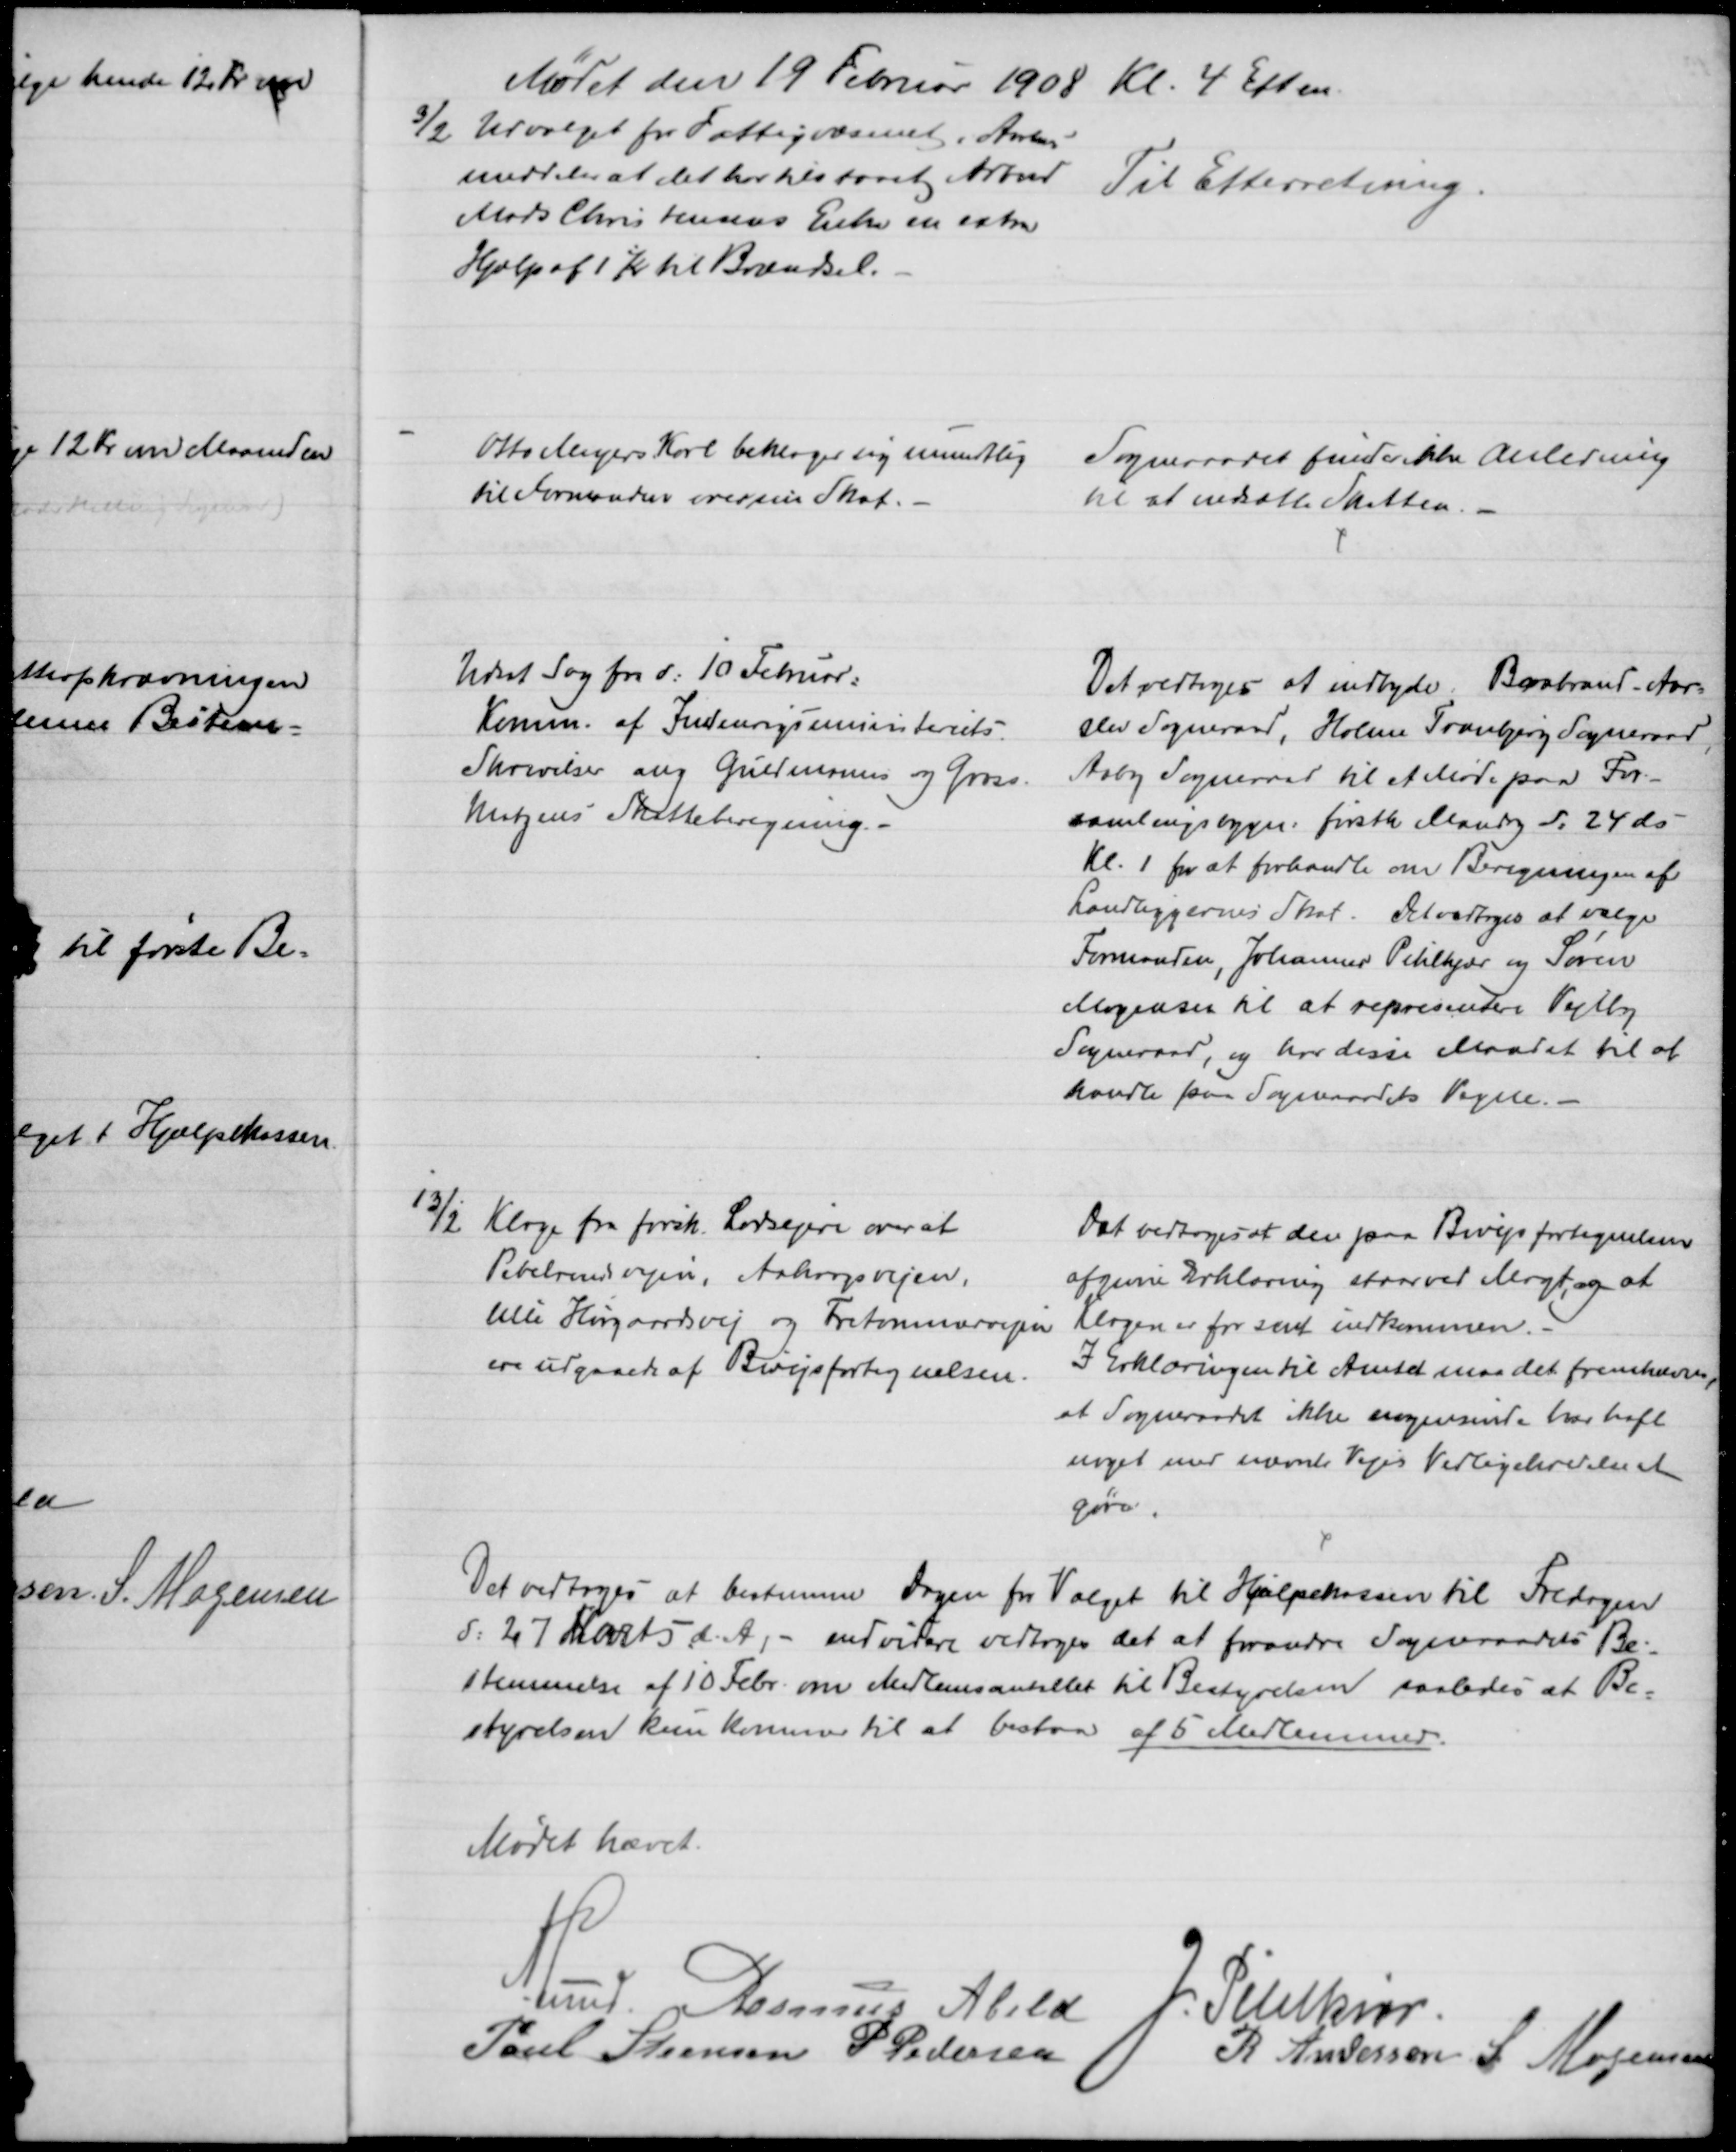
Transskription:
Mødet den 19 Februar 1908 Kl. 4 Eftm.
3/2 Udvalget for Fattigvæsenet i Aarhus
meddeler at det har tilstaaet Arbmd. 
Mads Christensens Enke en extra
Hjælp af 1 Kr til Brændsel.
Til Efterretning.
Otto Meyers Karl beklager sig mundtlig
til Formanden over sin Skat.
Sogneraadet finder ikke Anledning
til at nedsætte Skatten.
Udsat Sag fra d. 10 Februar:
Komm. af Indenrigsministeriets
Skrivelse ang Guldmann og Gross.
Matzens Skatteberegning.
Det vedtoges at indbyde Brabrand - Aar=
slev Sogneraad, Holme Tranbjerg Sogneraad
Aaby Sogneraad til et Møde paa For-
samlingsbygn. førstk Mandag d. 24 ds.
Kl. 1 for at forhandle om Beregningen af
Landliggernes Skat. Det vedtoges at vælge
Formanden, Johannes Pihlkjær og Søren
Mogensen til at repræsentere Vejlby
Sogneraad, og har disse Mandat til at
handle paa Sogneraadets Vegne. 
13/2 Klage fra forsk. Lodsejere over at
Pebelrendevejen, Aakrogsvejen.
lille Hørgaardsvej og Tretommervejen
ere udgaaede af Bivejsfortegnelsen.
Det vedtoges at den paa Bivejsfortegnelsen
afgivne Erklæring staar ved Magt, og at
Klagen er for sent indkommen.
I Erklæringen til Amtet maa det fremhæves,
at Sogneraadet ikke nogensinde har haft
noget med nævnte Vejes Vedligeholdelse et
gøre.
Det vedtoges at bestemme Dagen for Valget til Hjælpekassen til Fredagen
d: 27 Marts d. A., - endvidere vedtoges det at forandre Sogneraadets Be-
stemmelse af 10 Febr. om Medlemsantallet til Bestyrelsen saaledes at Be=
styrelsen kun kommer til at bestaa af 5 Medlemmer.
Mødet hævet.
A.Lund. Rasmus Abild
J. Pihlkjær
Poul Steensen P Pedersen
R. Andersen S. Mogensen